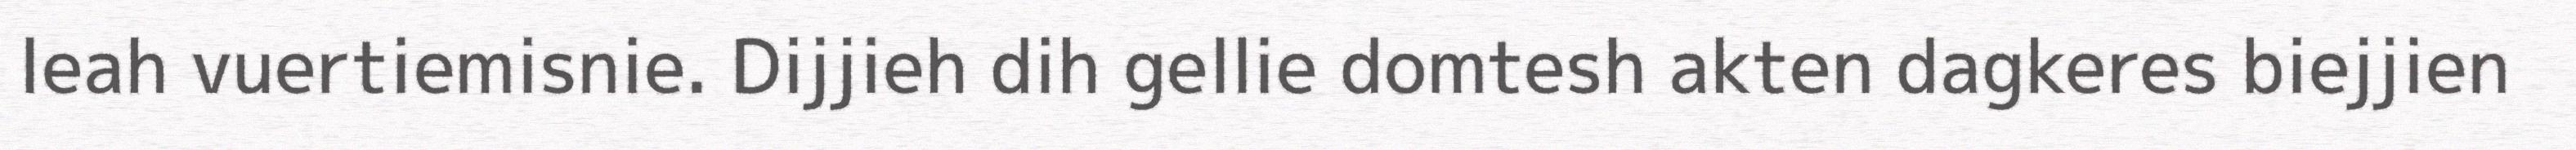
leah vuertiemisnie. Dijjieh dih gellie domtesh akten dagkeres biejjien